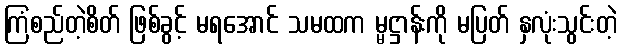
ကြံစည်တဲ့စိတ် ဖြစ်ခွင့် မရအောင် သမထက မ္မဋ္ဌာန်းကို မပြတ် နှလုံးသွင်းတဲ့